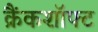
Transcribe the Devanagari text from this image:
क्रैंकशॉफ्ट